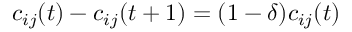
c _ { i j } ( t ) - c _ { i j } ( t + 1 ) = ( 1 - \delta ) c _ { i j } ( t )